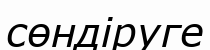
сөндіруге